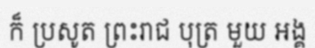
ក៏ ប្រសូត ព្រះរាជ បុត្រ មួយ អង្គ